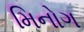
મિનોગ